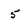
Character: 5